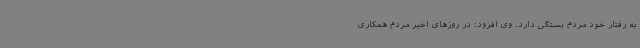
به رفتار خود مردم بستگی دارد. وی افزود: در روزهای اخیر مردم همکاری